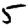
Digit: 5